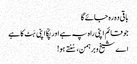
باقی وہ رہ جائے گا
جو قائم اپنی راہ پہ ہے اور پکّا اپنی ہَٹ کا ہے
اے شیخ و برہمن، سُنتے ہو!